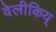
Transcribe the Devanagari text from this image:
वेलीकिय्